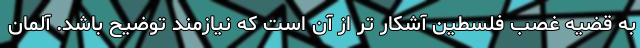
به قضیه غصب فلسطین آشکار تر از آن است که نیازمند توضیح باشد. آلمان